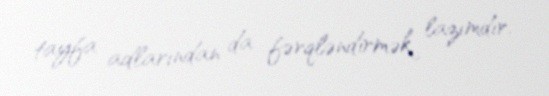
tayfa adlarından da fərqləndirmək lazımdır.